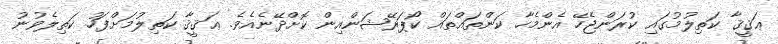
ޢަޤީޤާ ކަތިލުމުގައި ކުރަންޖެހޭ އެންމެހާ ކަންތައްތައް ކޯޕަރޭޝަންއިން ކޮށްދޭނެއެވެ. ޢަޤީޤާ ކަތިލުމަށްފަހު ކަތިލެވުނު